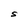
Character: S